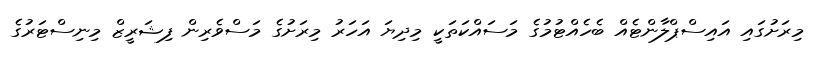
މިރަށުގައި އައިސްޕްލާންޓެއް ބެހެއްޓުމުގެ މަސައްކަތަކީ މިދިޔަ އަހަރު މިރަށުގެ މަސްވެރިން ފިޝަރީޒް މިނިސްޓަރުގެ